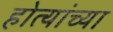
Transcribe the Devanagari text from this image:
होत्यांच्या